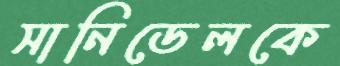
সানিডেলকে